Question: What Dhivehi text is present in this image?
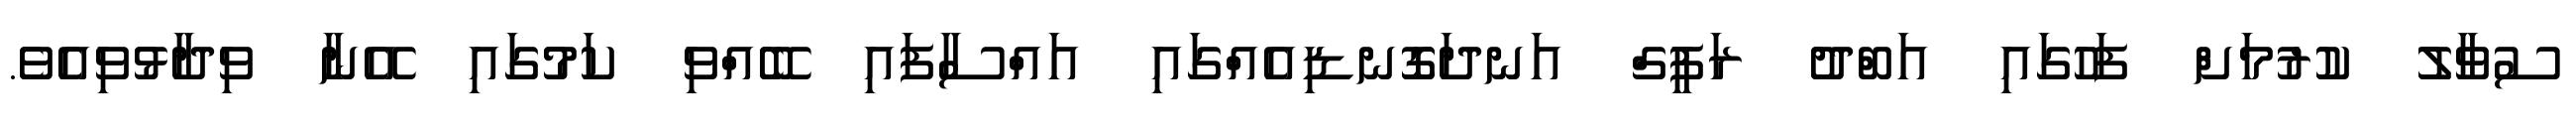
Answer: ސުވާލު ކުރުމަށް ފަހުގައި އަބްދު ރަފީގް އަނދަގޮނޑިއެއްގައި އައްސާފައި ބޭއްވި ކަމުގައި އޭނާ ވިދާޅުވިއެވެ.